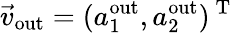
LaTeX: \vec{v}_{\mathrm{out}}=(a_{1}^{\mathrm{out}},a_{2}^{\mathrm{out}})^{\mathrm{~T~}}